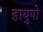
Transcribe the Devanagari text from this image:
हायुपो